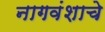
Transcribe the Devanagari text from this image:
नागवंशाचे